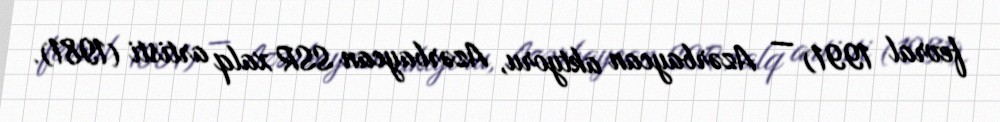
fevral 1991) — Azərbaycan aktyoru, Azərbaycan SSR xalq artisti (1981).